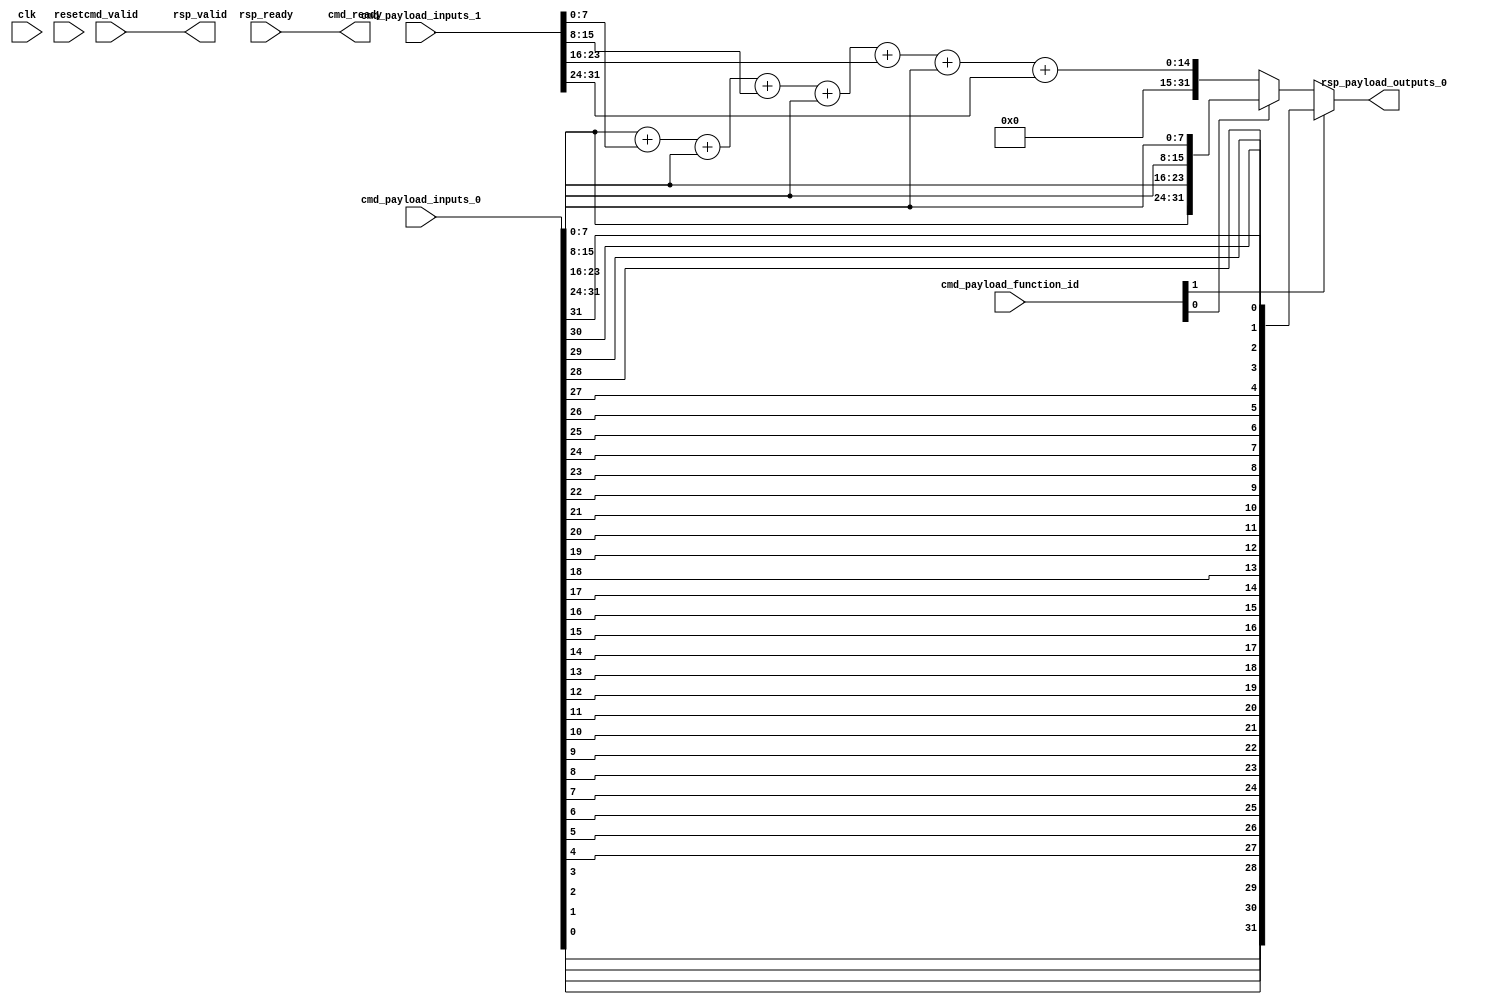
module Cfu (
  input               cmd_valid,
  output              cmd_ready,
  input      [2:0]    cmd_payload_function_id,
  input      [31:0]   cmd_payload_inputs_0,
  input      [31:0]   cmd_payload_inputs_1,
  output              rsp_valid,
  input               rsp_ready,
  output     [31:0]   rsp_payload_outputs_0,
  input               clk,
  input               reset
);

  assign rsp_valid = cmd_valid;
  assign cmd_ready = rsp_ready;

  //  byte sum (unsigned)
  wire [31:0] cfu0;
  assign cfu0[31:0] =  cmd_payload_inputs_0[7:0]   + cmd_payload_inputs_1[7:0] +
                       cmd_payload_inputs_0[15:8]  + cmd_payload_inputs_1[15:8] +
                       cmd_payload_inputs_0[23:16] + cmd_payload_inputs_1[23:16] +
                       cmd_payload_inputs_0[31:24] + cmd_payload_inputs_1[31:24];

  // byte swap
  wire [31:0] cfu1;
  assign cfu1[31:24] =     cmd_payload_inputs_0[7:0];
  assign cfu1[23:16] =     cmd_payload_inputs_0[15:8];
  assign cfu1[15:8] =      cmd_payload_inputs_0[23:16];
  assign cfu1[7:0] =       cmd_payload_inputs_0[31:24];

  // bit reverse
  wire [31:0] cfu2;
  genvar n;
  generate
      for (n=0; n<32; n=n+1) begin
          assign cfu2[n] =     cmd_payload_inputs_0[31-n];
      end
  endgenerate


  // select output
  assign rsp_payload_outputs_0 = cmd_payload_function_id[1] ? cfu2 :
                                      ( cmd_payload_function_id[0] ? cfu1 : cfu0);


endmodule